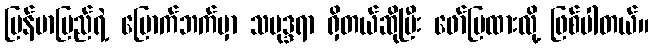
မြန်မာပြည်ရဲ့ မြောက်ဘက်မှာ သမုဒ္ဒရာ ရှိတယ်ဆိုပြီး ဖော်ပြထားလို့ ဖြစ်ပါတယ်။